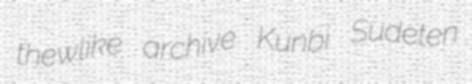
thewlike archive Kunbi Sudeten